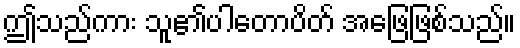
ဤသည်ကား သူ၏ပါတောပိတ် အဖြေဖြစ်သည်။